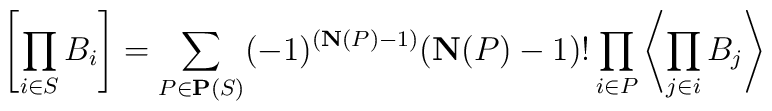
\left[\prod_{i\in S}B_i\right]=\sum_{P\in\mathbf{P}(S)}(-1)^{(\mathbf  {N}(P)-1)}(\mathbf{N}(P)-1)!\prod_{i\in P}\left\langle \prod_{j\in i}B_j\right\rangle